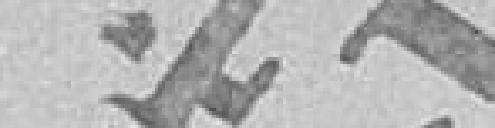
475